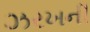
ઝરખની